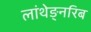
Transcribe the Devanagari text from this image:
लांथेङ्नरिब